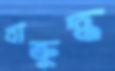
বাক্রুদ্ধ